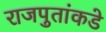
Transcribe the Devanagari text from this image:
राजपुतांकडे